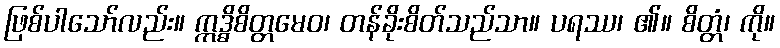
ဖြစ်ပါသော်လည်း။ ဣဒ္ဓိစိတ္တမေဝ၊ တန်ခိုးစိတ်သည်သာ။ ပရဿ၊ ၏။ စိတ္တံ၊ ကို။